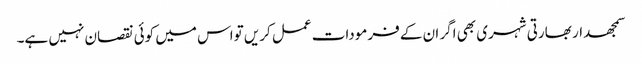
سمجھدار بھارتی شہری بھی اگر ان کے فرمودات عمل کریں تواس میں کوئی نقصان نہیں ہے۔